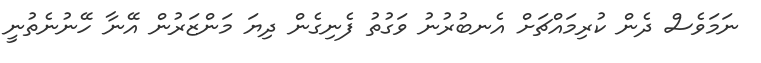
ނަމަވެސް ދެން ކުރިމައްޗަށް އެނބުރުނު ވަގުތު ފެނިގެން ދިޔަ މަންޒަރުން އޭނާ ހޭނުނެތުނީ